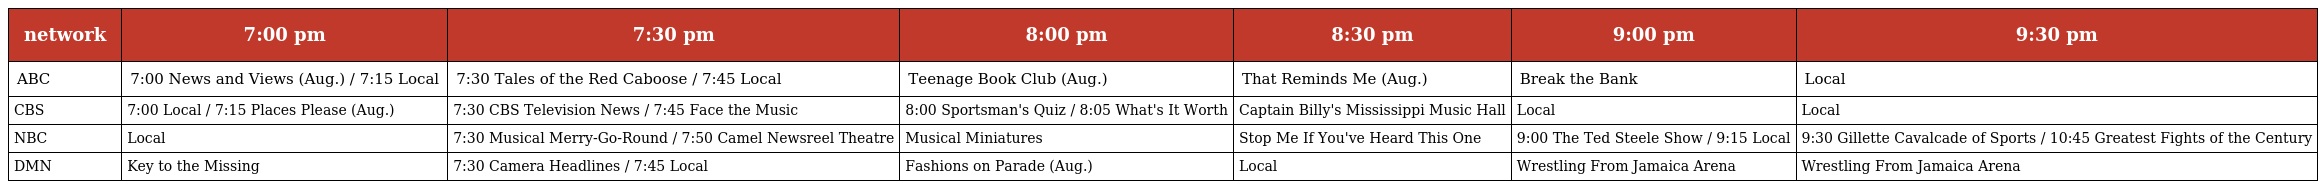
| network | 7:00 pm | 7:30 pm | 8:00 pm | 8:30 pm | 9:00 pm | 9:30 pm |
 | --- | --- | --- | --- | --- | --- | --- |
 | ABC | 7:00 News and Views (Aug.) / 7:15 Local | 7:30 Tales of the Red Caboose / 7:45 Local | Teenage Book Club (Aug.) | That Reminds Me (Aug.) | Break the Bank | Local |
 | CBS | 7:00 Local / 7:15 Places Please (Aug.) | 7:30 CBS Television News / 7:45 Face the Music | 8:00 Sportsman's Quiz / 8:05 What's It Worth | Captain Billy's Mississippi Music Hall | Local | Local |
 | NBC | Local | 7:30 Musical Merry-Go-Round / 7:50 Camel Newsreel Theatre | Musical Miniatures | Stop Me If You've Heard This One | 9:00 The Ted Steele Show / 9:15 Local | 9:30 Gillette Cavalcade of Sports / 10:45 Greatest Fights of the Century |
 | DMN | Key to the Missing | 7:30 Camera Headlines / 7:45 Local | Fashions on Parade (Aug.) | Local | Wrestling From Jamaica Arena | Wrestling From Jamaica Arena |